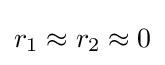
r_{1}\approx r_{2}\approx 0